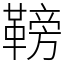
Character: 䩷